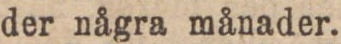
der några månader.